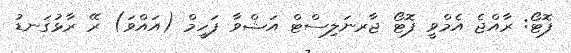
ފޮޓޯ: ރާއްޖެ އެމްވީ ފޮޓޯ ޖާރނަލިސްޓް އަޝްވާ ފަހީމް (އައްވަ) ރޭ ރާޅުގަނޑު